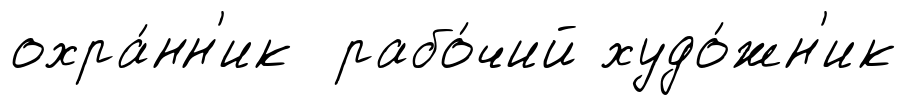
охра́нн'ик рабо́чий худо́жн'ик